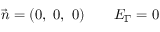
\vec { n } = ( \mathrm { 0 , ~ 0 , ~ 0 } ) \mathrm { ~ \ \ \ \ \ } E _ { \Gamma } = 0 \mathrm { ~ \ \ \ \ \ }